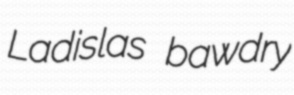
Ladislas bawdry